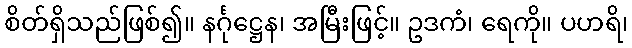
စိတ်ရှိသည်ဖြစ်၍။ နင်္ဂုဋ္ဌေန၊ အမြီးဖြင့်။ ဥဒကံ၊ ရေကို။ ပဟရိ၊